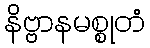
နိဗ္ဗာနမစ္စုတံ